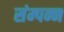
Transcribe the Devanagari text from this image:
संम्पन्न